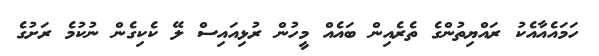
ހަމައެއާއެކު ރައްޔިތުންގެ ތެރެއިން ބައެއް މީހުން ރުޅިއައިސް ލޭ ކެކިގެން ނުކުމެ ރަށުގެ